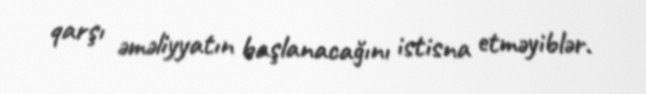
qarşı əməliyyatın başlanacağını istisna etməyiblər.